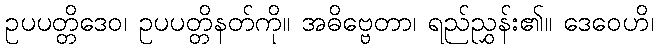
ဥပပတ္တိဒေဝ၊ ဥပပတ္တိနတ်ကို။ အဓိဗ္ဗေတာ၊ ရည်ညွှန်း၏။ ဒေဝေဟိ၊